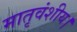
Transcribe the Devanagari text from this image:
मातृवंशीय।